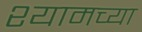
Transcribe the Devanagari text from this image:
श्यामच्या